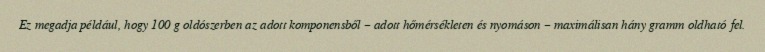
Ez megadja például, hogy 100 g oldószerben az adott komponensből – adott hőmérsékleten és nyomáson – maximálisan hány gramm oldható fel.